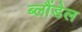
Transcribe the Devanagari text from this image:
ब्लौंडेल